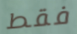
فقط